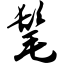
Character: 髦